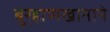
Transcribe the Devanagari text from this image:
बुर्‍हाणखानाने